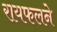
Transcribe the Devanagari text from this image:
रायफलने